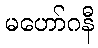
မဟော်ဂနီ